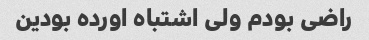
راضی بودم ولی اشتباه اورده بودین